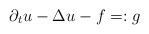
\begin{align*}\partial_t u - \Delta u - f =: g\end{align*}